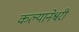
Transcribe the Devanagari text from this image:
कल्यानेश्वरी